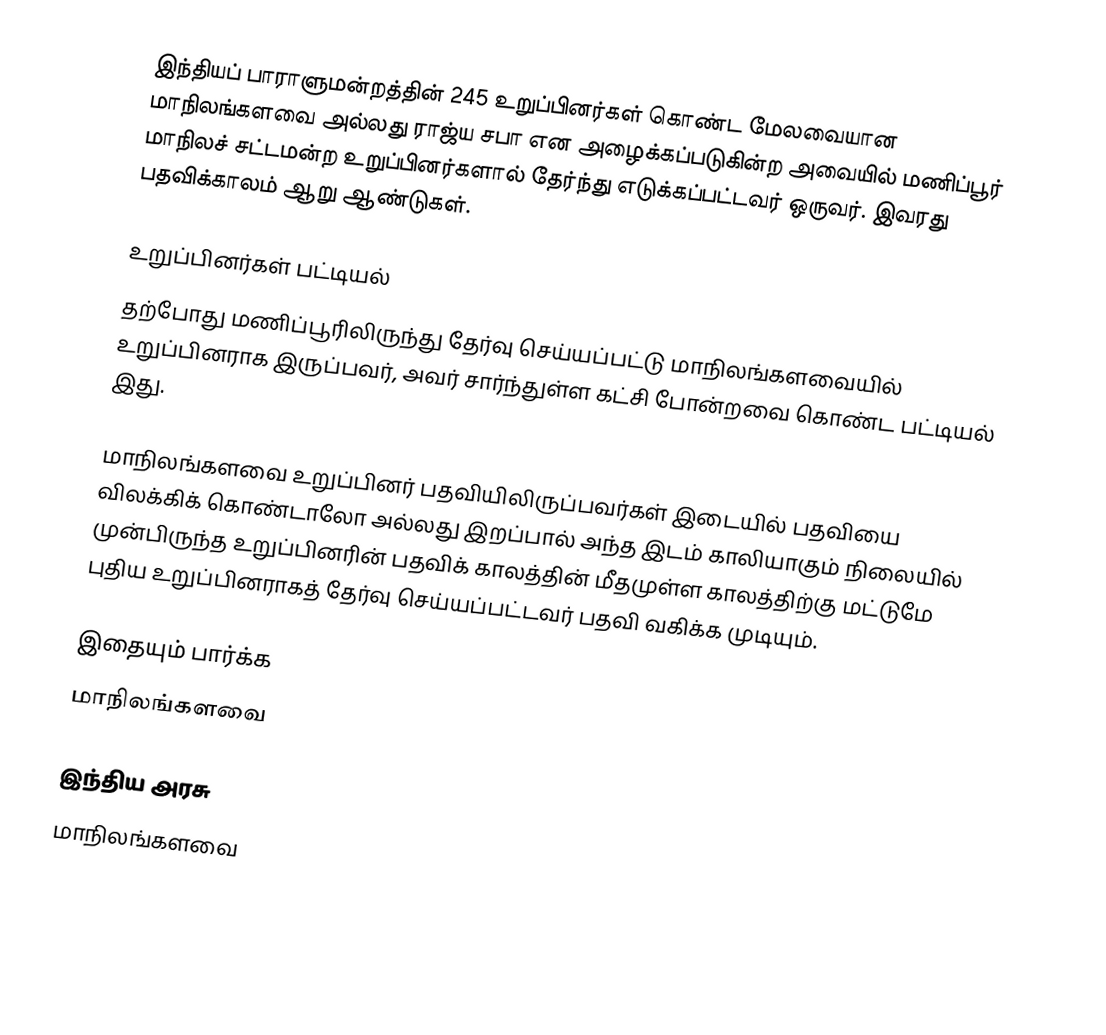
இந்தியப் பாராளுமன்றத்தின் 245 உறுப்பினர்கள் கொண்ட மேலவையான மாநிலங்களவை அல்லது ராஜ்ய சபா  என அழைக்கப்படுகின்ற அவையில் மணிப்பூர் மாநிலச் சட்டமன்ற உறுப்பினர்களால் தேர்ந்து எடுக்கப்பட்டவர் ஒருவர். இவரது பதவிக்காலம் ஆறு ஆண்டுகள்.

உறுப்பினர்கள் பட்டியல்
தற்போது மணிப்பூரிலிருந்து தேர்வு செய்யப்பட்டு மாநிலங்களவையில் உறுப்பினராக இருப்பவர், அவர் சார்ந்துள்ள கட்சி போன்றவை கொண்ட பட்டியல் இது.

 மாநிலங்களவை உறுப்பினர் பதவியிலிருப்பவர்கள் இடையில் பதவியை விலக்கிக் கொண்டாலோ அல்லது இறப்பால் அந்த இடம் காலியாகும் நிலையில் முன்பிருந்த உறுப்பினரின் பதவிக் காலத்தின் மீதமுள்ள காலத்திற்கு மட்டுமே புதிய உறுப்பினராகத் தேர்வு செய்யப்பட்டவர் பதவி வகிக்க முடியும்.

இதையும் பார்க்க
மாநிலங்களவை

இந்திய அரசு
மாநிலங்களவை